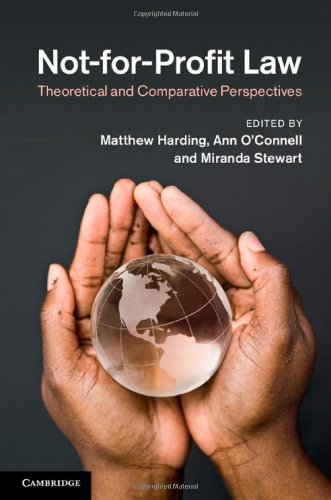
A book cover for Not-for-Profit Law: Theoretical and Comparative Perspectives; Law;